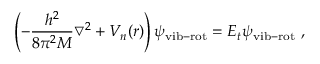
\left( - \frac { h ^ { 2 } } { 8 \pi ^ { 2 } M } \bigtriangledown ^ { 2 } + V _ { n } ( r ) \right) \psi _ { \mathrm { v i b - r o t } } = E _ { t } \psi _ { \mathrm { v i b - r o t } } ~ ,